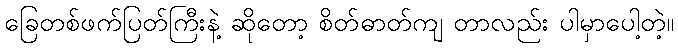
ခြေတစ်ဖက်ပြတ်ကြီးနဲ့ ဆိုတော့ စိတ်ဓာတ်ကျ တာလည်း ပါမှာပေါ့တဲ့။